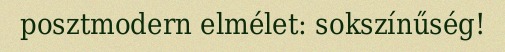
posztmodern elmélet: sokszínűség!